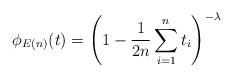
LaTeX: \begin{align*} \phi_{E(n)}(t) = \left( 1 - \frac{1}{2n} \sum_{i=1}^{n} t_i\right)^{-\lambda}\end{align*}